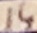
Text: 14